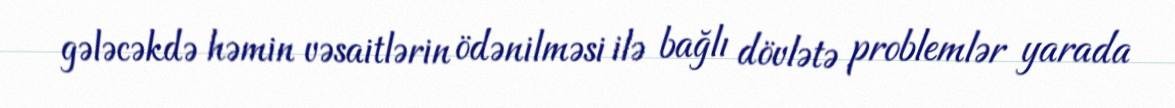
gələcəkdə həmin vəsaitlərin ödənilməsi ilə bağlı dövlətə problemlər yarada